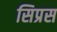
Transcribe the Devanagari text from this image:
सिप्रस